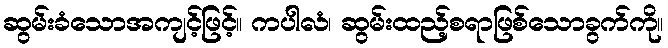
ဆွမ်းခံသောအကျင့်ဖြင့်။ ကပါလံ၊ ဆွမ်းထည့်စရာဖြစ်သောခွက်ကို။